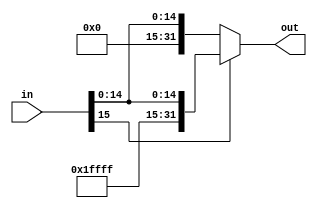
module extend(
	input [15:0] in,
	output reg [31:0] out
);

	always @* begin
		if (in[15]) begin
			out = {16'b1111111111111111, in};
		end
		else begin
			out = {16'h0000, in};
		end
	end
	
endmodule